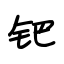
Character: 钯